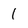
Character: 1